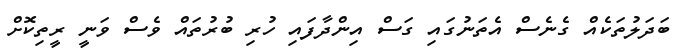
ބަދަލުތަކެއް ގެނެސް އެތަނުގައި ގަސް އިންދާފައި ހުރި ބުރުތައް ވެސް ވަނީ ރީތިކޮށް